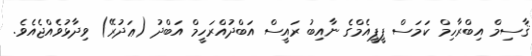
ޤާސިމް އިބްރާހިމް ކަމަސް ޕީޕީއެމްގެ ނާއިބު ރައީސް އަބްދުއްރަހީމް އަބްދު (ޢަދުރޭ) ވިދާޅުވެއްޖެއެވެ.